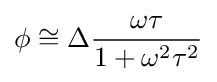
\phi \cong \Delta {\frac {\omega \tau }{1+\omega ^{2}\tau ^{2}}}